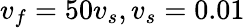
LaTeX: v_{f}=50v_{s},v_{s}=0.01